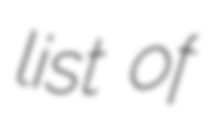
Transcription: list of